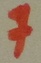
Text: 7